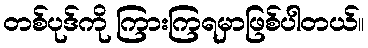
တစ်ပုဒ်ကို ကြားကြရမှာဖြစ်ပါတယ်။